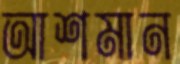
আশমান